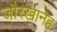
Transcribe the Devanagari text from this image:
जौरखानेह